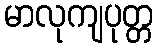
မာလုကျပုတ္တ